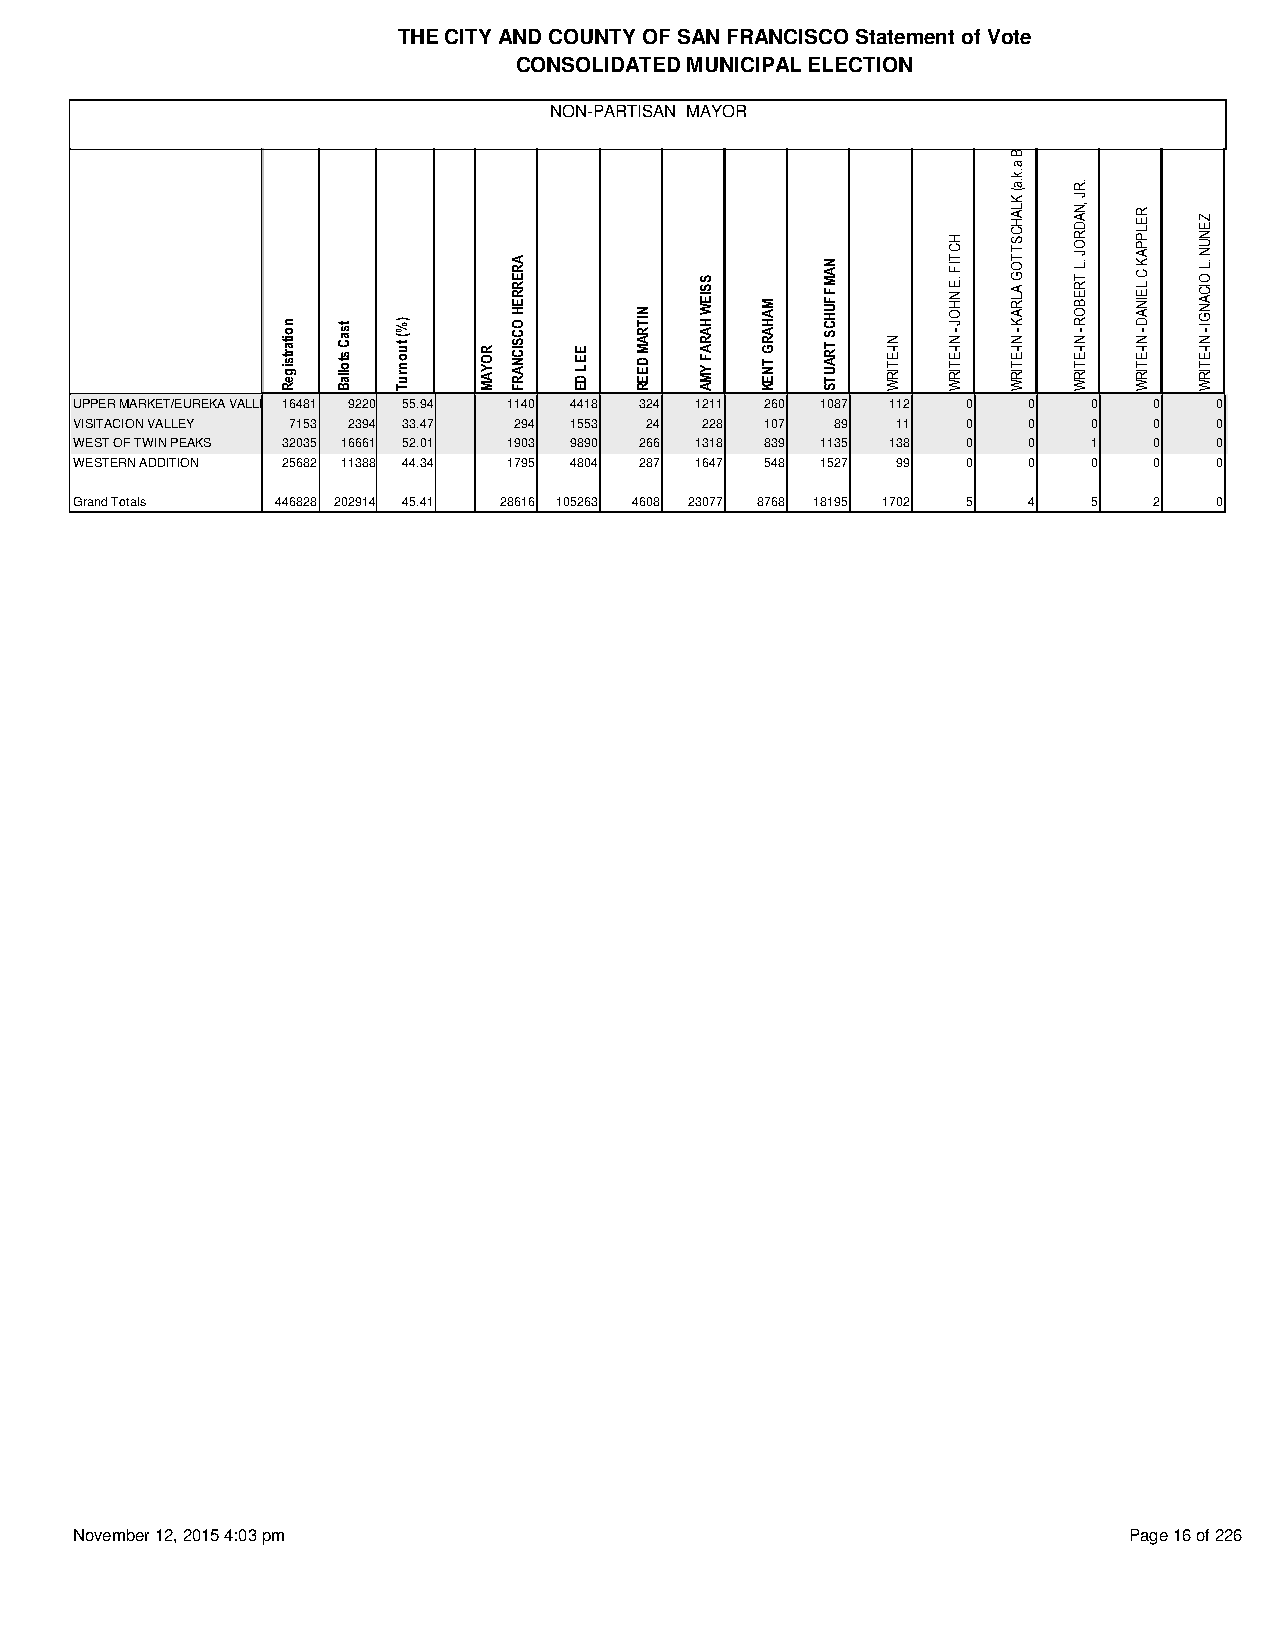
THE CITY AND COUNTY OF SAN FRANCISCO Statement of Vote
 CONSOLIDATED MUNICIPAL ELECTION
 NON-PARTISAN MAYOR
 UPPER MARKET/EUREKA VALLEY 16481 9220 55.94 1140 4418 324 1211 260 1087 112 0 0 0 0 0
 VISITACION VALLEY 7153 2394 33.47 294 1553 24 228 107 89 11 0  0   0   0   0
 WEST OF TWIN PEAKS 32035 16661 52.01 1903 9890 266 1318 839 1135 138 0 0 1 0 0
 WESTERN ADDITION 25682 11388 44.34 1795 4804 287 1647 548 1527 99 0 0 0 0  0
 Grand Totals 446828 202914 45.41 28616 105263 4608 23077 8768 18195 1702 5 4 5 2 0
 November 12, 2015 4:03 pm                                             Page 16 of 226
 noitartsigeR tsaC
 stollaB
 )%(
 tuonruT ROYAM
 ARERREH
 OCSICNARF
 EEL
 DE
 NITRAM
 DEER
 SSIEW
 HARAF
 YMA
 MAHARG
 TNEK
 NAMFFUHCS
 TRAUTS NI-ETIRW
 HCTIF
 .E NHOJ
 -
 NI-ETIRW
 )RRATS
 ELLEB
 a.k.a(
 KLAHCSTTOG
 ALRAK
 -
 NI-ETIRW
 .RJ
 ,NADROJ
 .L
 TREBOR
 -
 NI-ETIRW
 RELPPAK
 C LEINAD
 -
 NI-ETIRW
 ZENUN
 .L
 OICANGI
 -
 NI-ETIRW